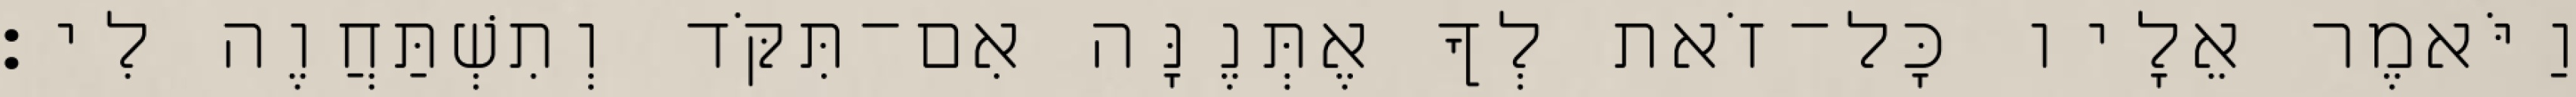
וַיֹּאמֶר אֵלָיו כָּל־זֹאת לְךָ אֶתְּנֶנָּה אִם־תִּקֹּד וְתִשְׁתַּחֲוֶה לִי׃